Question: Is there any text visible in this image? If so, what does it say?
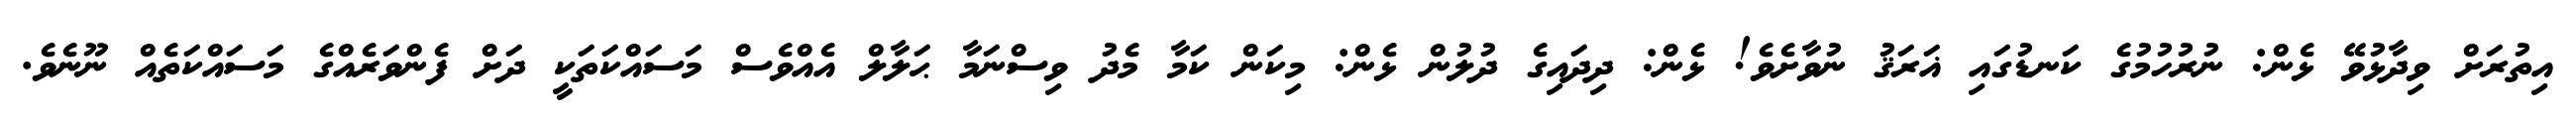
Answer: އިތުރަށް ވިދާޅުވޭ ޅެން: ނުރުހުމުގެ ކަނޑުގައި ޣަރަޤު ނުވާށެވެ! ޅެން: ދިދައިގެ ދުލުން ޅެން: މިކަން ކަމާ މެދު ވިސްނަމާ ޙަލާލް އެއްވެސް މަސައްކަތަކީ ދަށް ފެންވަރެއްގެ މަސައްކަތެއް ނޫނެވެ.